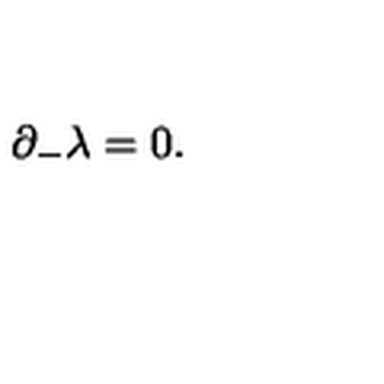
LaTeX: { \partial } _ { - } { \lambda } = 0 .